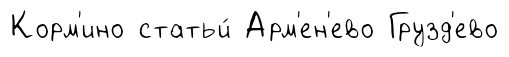
Корм'ино статьи́ Арм'ен'ево Грузд'ево